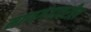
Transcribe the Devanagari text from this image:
माणगंगावरील